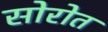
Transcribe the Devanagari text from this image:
सोरोत